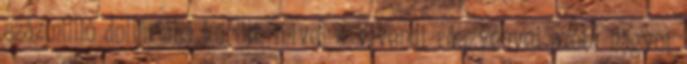
százmillió dollárjába került, mivel a Vivendi részvényei azóta nagyot